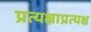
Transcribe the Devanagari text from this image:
प्रत्यक्षाप्रत्यक्ष